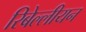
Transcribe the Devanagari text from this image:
रिबेल्लीयन